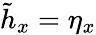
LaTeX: \tilde{h}_{x}=\eta_{x}